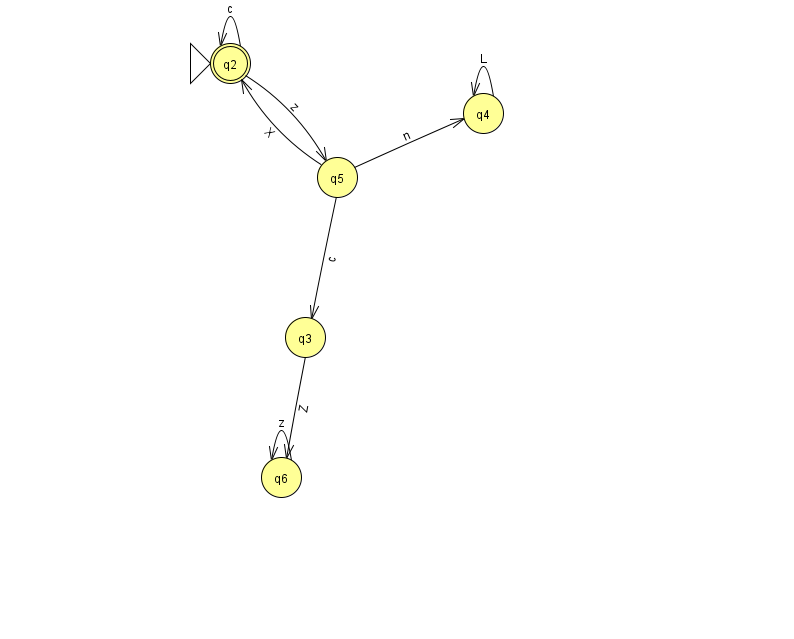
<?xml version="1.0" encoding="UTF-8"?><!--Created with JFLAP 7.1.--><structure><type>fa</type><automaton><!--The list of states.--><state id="2" name="q2"><x>230.0</x><y>50.0</y><initial/><final/></state><state id="3" name="q3"><x>305.0</x><y>324.0</y></state><state id="4" name="q4"><x>483.0</x><y>100.0</y></state><state id="5" name="q5"><x>337.0</x><y>164.0</y></state><state id="6" name="q6"><x>281.0</x><y>464.0</y></state><!--The list of transitions.--><transition><from>2</from><to>2</to><read>c</read></transition><transition><from>5</from><to>3</to><read>c</read></transition><transition><from>3</from><to>6</to><read>Z</read></transition><transition><from>5</from><to>4</to><read>n</read></transition><transition><from>6</from><to>6</to><read>z</read></transition><transition><from>4</from><to>4</to><read>L</read></transition><transition><from>5</from><to>2</to><read>X</read></transition><transition><from>2</from><to>5</to><read>z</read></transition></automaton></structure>